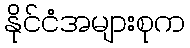
နိုင်ငံအများစုက